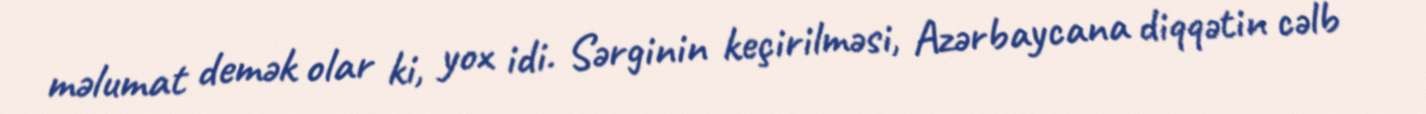
məlumat demək olar ki, yox idi. Sərginin keçirilməsi, Azərbaycana diqqətin cəlb